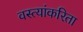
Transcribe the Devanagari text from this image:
वस्त्यांकरिता